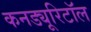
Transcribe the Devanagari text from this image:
कनड्यूरिटॉल